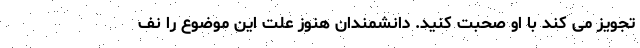
تجویز می ‌کند با او صحبت کنید. دانشمندان هنوز علت این موضوع را نف